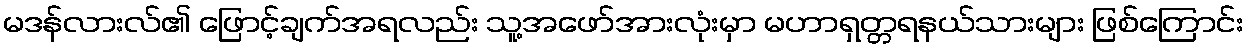
မဒန်လားလ်၏ ဖြောင့်ချက်အရလည်း သူ့အဖော်အားလုံးမှာ မဟာရှတ္တရနယ်သားများ ဖြစ်ကြောင်း